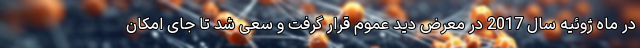
در ماه ژوئیه سال 2017 در معرض دید عموم قرار گرفت و سعی شد تا جای امکان